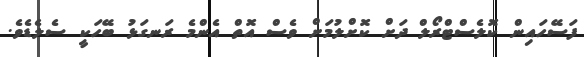
ފަސޭހައިން ކޮލެސްޓްރޯލް ދަށް ކޮށްލުމަށް ވެސް އޮތް އެންމެ ރަނގަޅު ބޭހަކީ ސެލެޑެވެ.